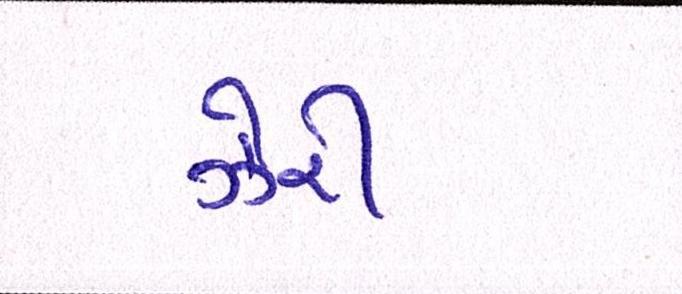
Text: ઝેરી